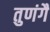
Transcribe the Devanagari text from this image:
तुणंगै